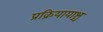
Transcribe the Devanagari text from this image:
प्रक्रियायाश्च